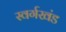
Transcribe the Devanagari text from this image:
स्वर्गखंड